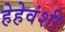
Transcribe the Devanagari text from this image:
हेहेवंशी